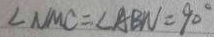
\angle N M C = \angle A B N = 9 0 ^ { \circ }